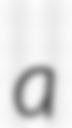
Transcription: a